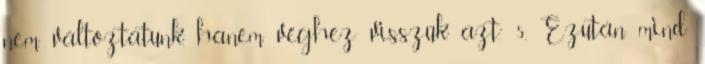
nem változtatunk, hanem véghez visszük azt.” 5. Ezután mind